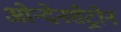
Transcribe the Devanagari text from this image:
ओन्देनसेट्रोन